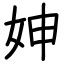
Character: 妽